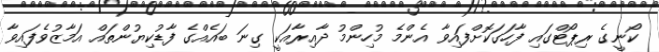
ކޯނީގެ ރިޕޯޓްގައި ފާހަގަކޮށްފައިވާ އެންމެ މުހިންމު ދާއިރާއަކީ ގިނަ ބައެއްގެ ފާޑުކިޔުންތައް އަމާޒުވެފައިވާ